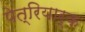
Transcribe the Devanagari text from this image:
पेत्रियार्क